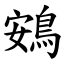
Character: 鴳